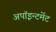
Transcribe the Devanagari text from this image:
अपॉइन्टमेंट